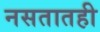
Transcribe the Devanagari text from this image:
नसतातही